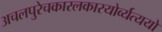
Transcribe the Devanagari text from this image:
अचलपुरेचकारलकारयोर्व्यत्ययो